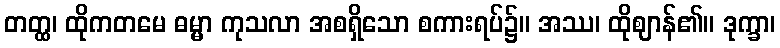
တတ္ထ၊ ထိုကတမေ ဓမ္မာ ကုသလာ အစရှိသော စကားရပ်၌။ အဿ၊ ထိုဈာန်၏။ ဒုက္ခာ၊